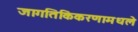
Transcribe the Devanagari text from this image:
जागतिकिकरणामधले